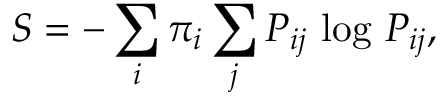
S = - \sum _ { i } \pi _ { i } \sum _ { j } P _ { i j } \, \log \, P _ { i j } ,